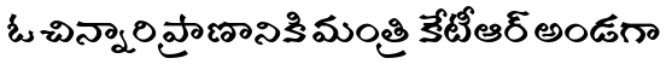
ఓ చిన్నారి ప్రాణానికి మంత్రి కేటీఆర్ అండగా